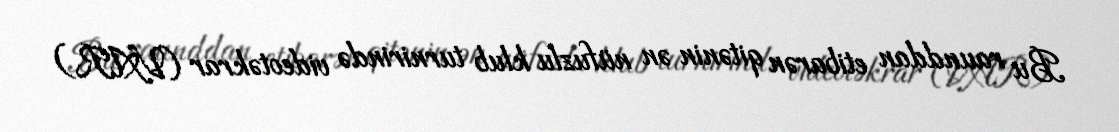
Bu raunddan etibarən qitənin ən nüfuzlu klub turnirində videotəkrar (VAR)